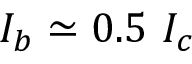
I _ { b } \simeq 0 . 5 ~ I _ { c }